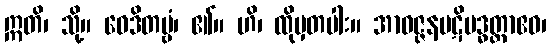
ဣတိ၊ သို့။ ဝေဒိတဗ္ဗံ၊ ၏။ ဟိ၊ ထိုမှတပါး။ အာဝဇ္ဇနပဋိဗဒ္ဓတ္တာဧဝ၊